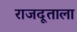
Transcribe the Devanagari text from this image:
राजदूताला